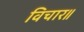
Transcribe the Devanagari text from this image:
विचार॥